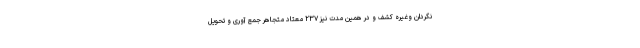
نگردان وغیره کشف و در همین مدت نیز ۲۳۷ معتاد متجاهر جمع آوری و تحویل